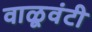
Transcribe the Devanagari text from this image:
वाळूवंटी